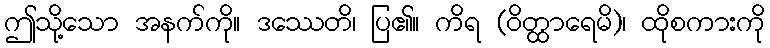
ဤသို့သော အနက်ကို။ ဒဿေတိ၊ ပြ၏။ ကိရ (ဝိတ္ထာရေမိ)၊ ထိုစကားကို